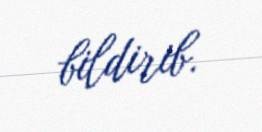
bildirib.